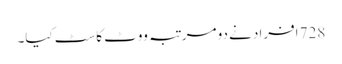
728 افراد نے دو مرتبہ ووٹ کاسٹ کیا۔